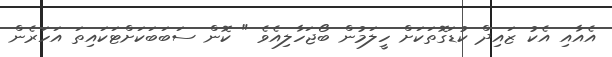
އެއާއި އެކު ޒައިދް ކުޑަގޮތަކަށް ހީލަމުން ބޯޖަހާލިއެވެ " ކޮން ސަބަބަކަށްޓަކައިތަ އަހަރެން